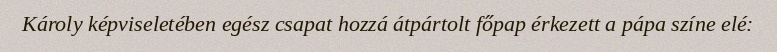
Károly képviseletében egész csapat hozzá átpártolt főpap érkezett a pápa színe elé: